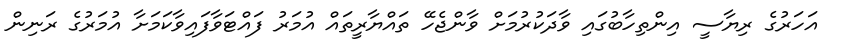
އަހަރުގެ ރިޔާސީ އިންތިހާބުގައި ވާދަކުރުމަށް ވާންޖެހޭ ތައްޔާރީތައް އުމަރު ފައްޓަވާފައިވާކަމަށާ އުމަރުގެ ރަނިން